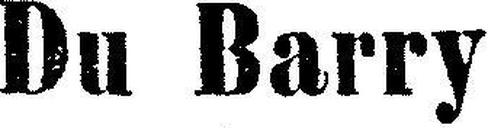
Du Barry